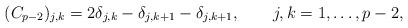
LaTeX: \begin{align*}(C_{p-2})_{j,k} = 2\delta_{j,k}-\delta_{j,k+1}-\delta_{j,k+1},\qquad j,k=1,\ldots,p-2,\end{align*}